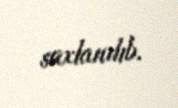
saxlanılıb.